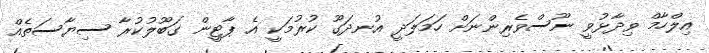
އިލްހާމް ވިދާޅުވީ ނޫސްވެރިންނަށް ހަމަލަދީ އުނދަގޫ ކުރުމަކީ އެ ޕާޓީން ގަބޫލުކުރާ ސިޔާސަތެއް